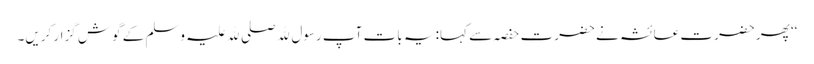
‘‘ پھر حضرت عائشہ نے حضرت حفصہ سے کہا: یہ بات آپ رسول ﷲ صلی ﷲ علیہ وسلم کے گوش گزار کریں۔